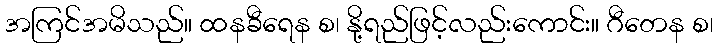
အကြင်အမိသည်။ ထနခီရေန စ၊ နို့ရည်ဖြင့်လည်းကောင်း။ ဂီတေန စ၊